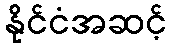
နိုင်ငံအဆင့်